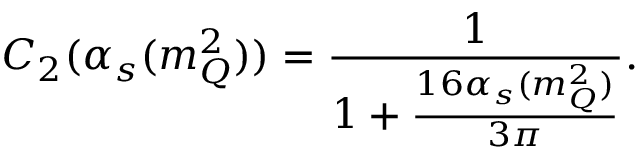
C _ { 2 } ( \alpha _ { s } ( m _ { Q } ^ { 2 } ) ) = \frac { 1 } { 1 + \frac { 1 6 \alpha _ { s } ( m _ { Q } ^ { 2 } ) } { 3 \pi } } .